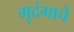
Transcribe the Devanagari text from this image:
मृदंगाचे